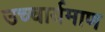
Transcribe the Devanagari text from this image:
उच्चार्यमाण